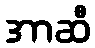
အာဆီ